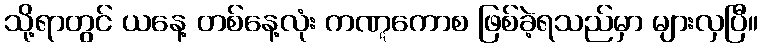
သို့ရာတွင် ယနေ့ တစ်နေ့လုံး ကဏ္ဋကောစ ဖြစ်ခဲ့ရသည်မှာ များလှပြီ။